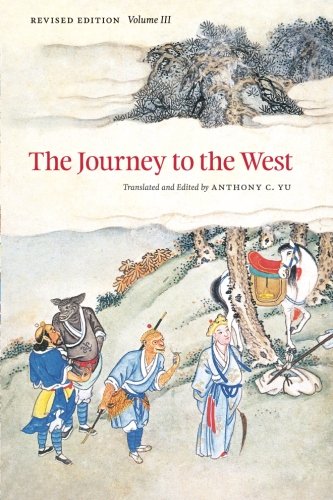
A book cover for The Journey to the West, Revised Edition, Volume 3; Literature & Fiction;